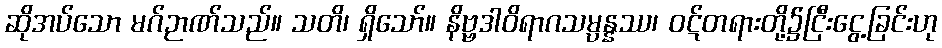
ဆိုအပ်သော မဂ်ဉာဏ်သည်။ သတိ၊ ရှိသော်။ နိဗ္ဗဒါဝိရာဂသမ္ပန္နဿ၊ ဝဋ်တရားတို့၌ငြီးငွေ့ခြင်းဟု